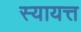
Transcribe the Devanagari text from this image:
स्यायत्त